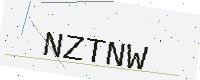
Text: NZTNW